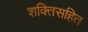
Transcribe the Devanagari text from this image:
शक्तिसहित